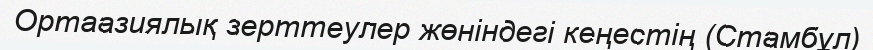
Ортаазиялық зерттеулер жөніндегі кеңестің (Стамбұл)